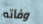
وفاته